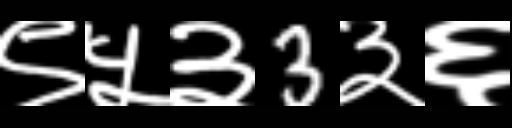
Text: ९५३3३६